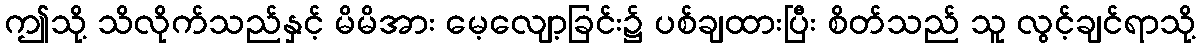
ဤသို့ သိလိုက်သည်နှင့် မိမိအား မေ့လျော့ခြင်း၌ ပစ်ချထားပြီး စိတ်သည် သူ လွင့်ချင်ရာသို့